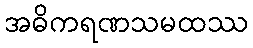
အဓိကရဏသမထဿ